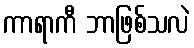
ကာရာကီ ဘာဖြစ်သလဲ